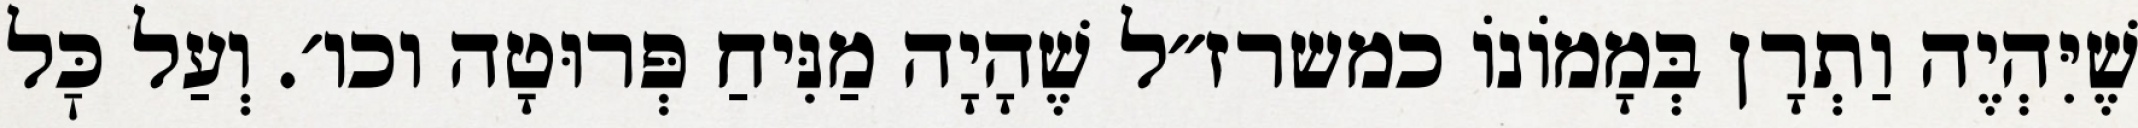
שֶׁיִּהְיֶה וַתְרָן בְּמָמוֹנוֹ כמשרז״ל שֶׁהָיָה מַנִּיחַ פְּרוּטָה וכו׳. וְעַל כׇּל